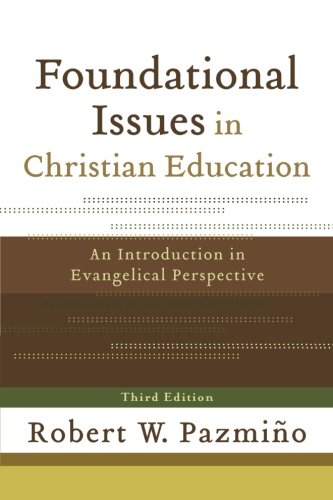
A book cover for Foundational Issues in Christian Education: An Introduction in Evangelical Perspective; Robert W. PazmiÃ±o; Religion & Spirituality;